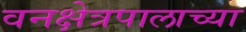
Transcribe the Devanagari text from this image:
वनक्षेत्रपालाच्या